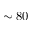
\sim 8 0